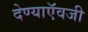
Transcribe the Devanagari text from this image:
देण्याऍवजी